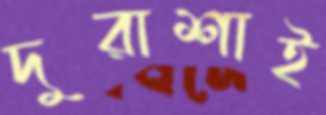
দুরাশাই